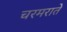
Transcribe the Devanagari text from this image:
चरमराते